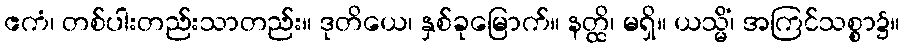
ဧကံ၊ တစ်ပါးတည်းသာတည်း။ ဒုတိယေ၊ နှစ်ခုမြောက်။ နတ္ထိ၊ မရှိ။ ယသ္မိံ၊ အကြင်သစ္စာ၌။